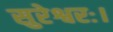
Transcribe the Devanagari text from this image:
सुरेश्वरः।